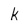
Character: k